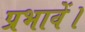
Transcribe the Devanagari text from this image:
प्रभावें।